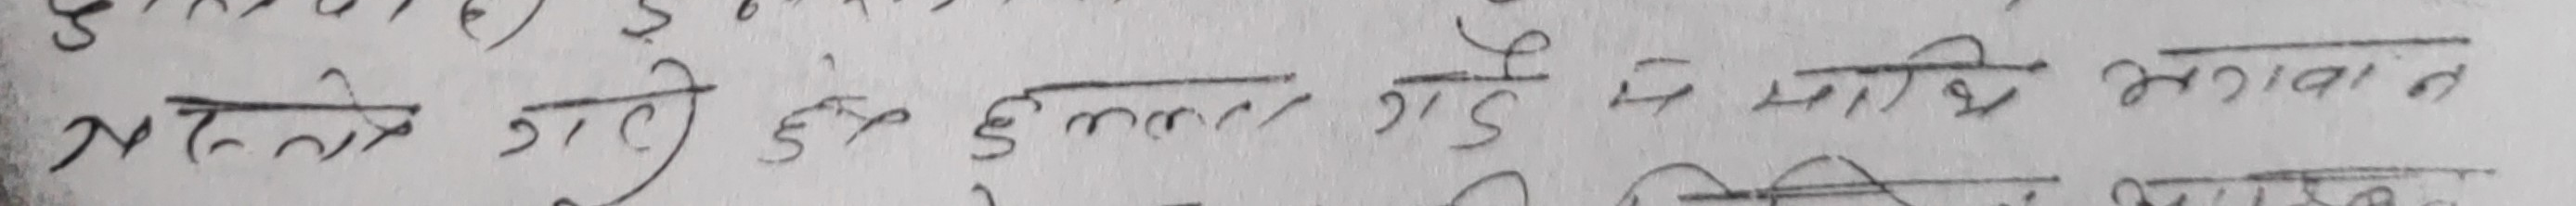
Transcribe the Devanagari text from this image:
मलाई गरी दुःख उत्पन्न गर्छन् म माथि भगवान्